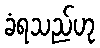
ခံရသည်ဟု